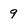
Character: 9